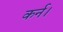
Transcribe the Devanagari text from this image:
कर्न।